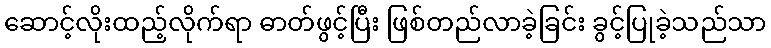
ဆောင့်လိုးထည့်လိုက်ရာ ဓာတ်ဖွင့်ပြီး ဖြစ်တည်လာခဲ့ခြင်း ခွင့်ပြုခဲ့သည်သာ